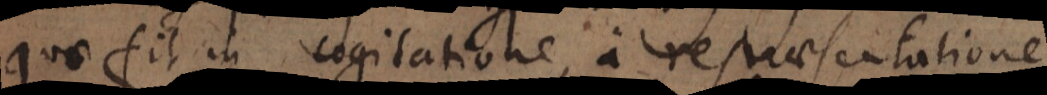
quae fit in cogitatione, a repraesentatione,